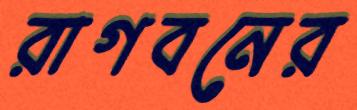
রাগবনের